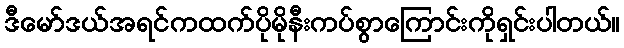
ဒီမော်ဒယ်အရင်ကထက်ပိုမိုနီးကပ်စွာကြောင်းကိုရှင်းပါတယ်။